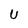
Character: U